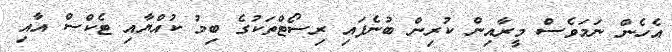
އެހެން ނަމަވެސް މީރާއިން ކުރިން ބުނެފައި ރިސޯޓްތަކުގެ ބިމު ކުއްޔާއި ޓެކްސް އާއި